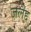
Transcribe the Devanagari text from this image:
जलैद्द